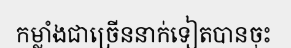
កម្លាំងជាច្រើននាក់ទៀតបានចុះ